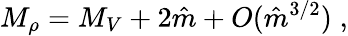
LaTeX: M_{\rho}=M_{V}+2\hat{m}+O(\hat{m}^{3/2})\; ,